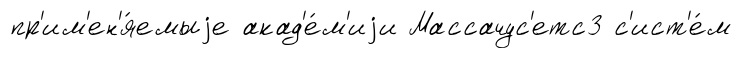
пр'им'ен'я́емыjе акад'е́м'иjи Массачус'етс3 с'ист'е́м